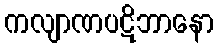
ကလျာဏပဋိဘာနော